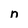
Character: n